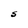
Character: S